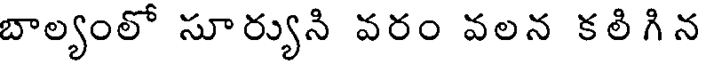
బాల్యంలో సూర్యుని వరం వలన కలిగిన